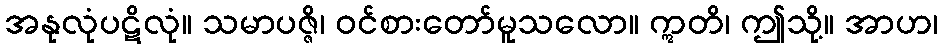
အနုလုံပဋိလုံ။ သမာပဇ္ဇိ၊ ဝင်စားတော်မူသလော။ ဣတိ၊ ဤသို့။ အာဟ၊